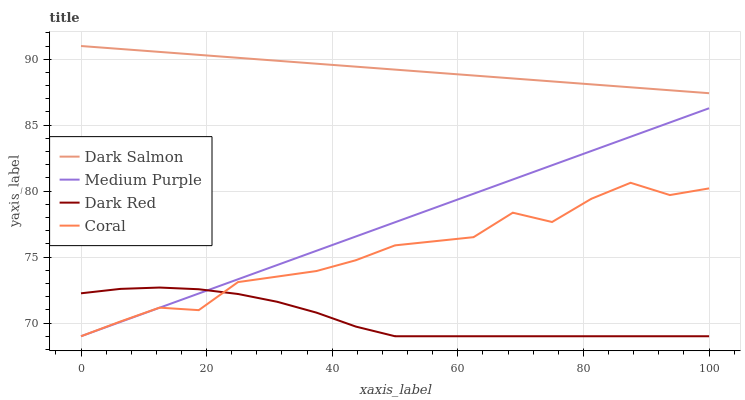
| xaxis_label | Dark Salmon | Medium Purple | Dark Red | Coral |
 | --- | --- | --- | --- | --- |
 | 0 | 91 | 69 | 72.3 | 69 |
 | 6.25 | 90.8 | 70.1 | 72.6 | 70.1 |
 | 12.5 | 90.6 | 71.2 | 72.7 | 71.2 |
 | 18.8 | 90.3 | 72.2 | 72.6 | 71 |
 | 25 | 90.1 | 73.3 | 72.2 | 73.1 |
 | 31.2 | 89.9 | 74.4 | 71.6 | 73.5 |
 | 37.5 | 89.7 | 75.5 | 70.8 | 73.9 |
 | 43.8 | 89.4 | 76.6 | 69.7 | 74.8 |
 | 50 | 89.2 | 77.6 | 69 | 75.9 |
 | 56.2 | 89 | 78.7 | 69 | 76.2 |
 | 62.5 | 88.8 | 79.8 | 69 | 76.5 |
 | 68.8 | 88.5 | 80.9 | 69 | 78.4 |
 | 75 | 88.3 | 82 | 69 | 77.7 |
 | 81.2 | 88.1 | 83 | 69 | 79.4 |
 | 87.5 | 87.9 | 84.1 | 69 | 80.6 |
 | 93.8 | 87.6 | 85.2 | 69 | 79.7 |
 | 100 | 87.4 | 86.3 | 69 | 80.2 |